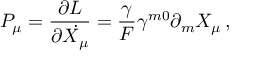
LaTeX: P _ { \mu } = \frac { \partial L } { \partial \dot { X _ { \mu } } } = \frac { \gamma } { F } \gamma ^ { m 0 } \partial _ { m } X _ { \mu } \, ,